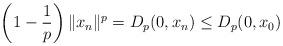
LaTeX: \begin{align*} \left(1-\frac{1}{p}\right) \|x_n\|^p = D_p(0, x_n) \leq D_p(0,x_0)\end{align*}